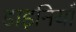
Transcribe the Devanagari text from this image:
डाइनियाँ